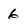
Character: 6